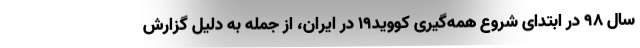
سال ۹۸ در ابتدای شروع همه‌گیری کووید۱۹ در ایران، از جمله به دلیل گزارش